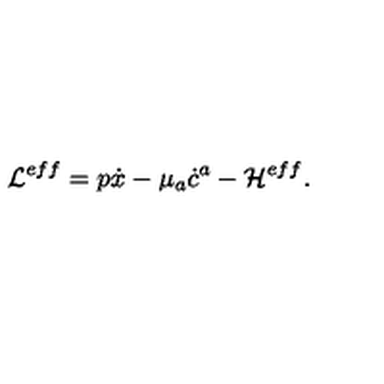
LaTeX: { \cal { L } } ^ { e f f } = p \dot { x } - \mu _ { a } \dot { c } ^ { a } - { \cal H } ^ { e f f } .